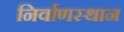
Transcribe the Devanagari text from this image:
निर्वाणस्थान